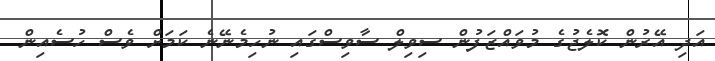
އަދި އޭރުން ކޮލެޖުގެ މުވައްޒަފުން ސިވިލް ސާވިސްގައި ނުހިމެނޭނެ ކަމަށް ވެސް ހުސެއިން